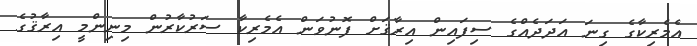
އެމެރިކާގެ ގިނަ އަދަދެއްގެ ސިފައިން އިރާޤަށް ފޮނުވަން އެމެރިކާ ސަރުކާރުން މިނިންމީ އިރާޤުގެ